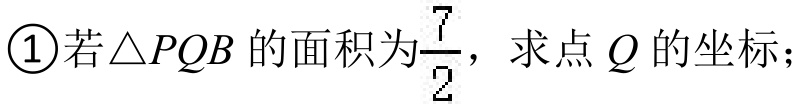
\textcircled{1}若\(\triangle PQB\)的面积为\(\frac{7}{2}\)，求点\(Q\)的坐标；